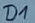
Text: D1